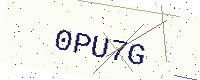
Text: 0PU7G